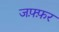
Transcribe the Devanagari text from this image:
जफ़्फ़र